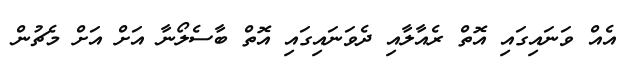
އެއް ވަނައިގައި އޮތް ރެއާލާއި ދެވަނައިގައި އޮތް ބާސެލޯނާ އަށް އަށް މެޗުން